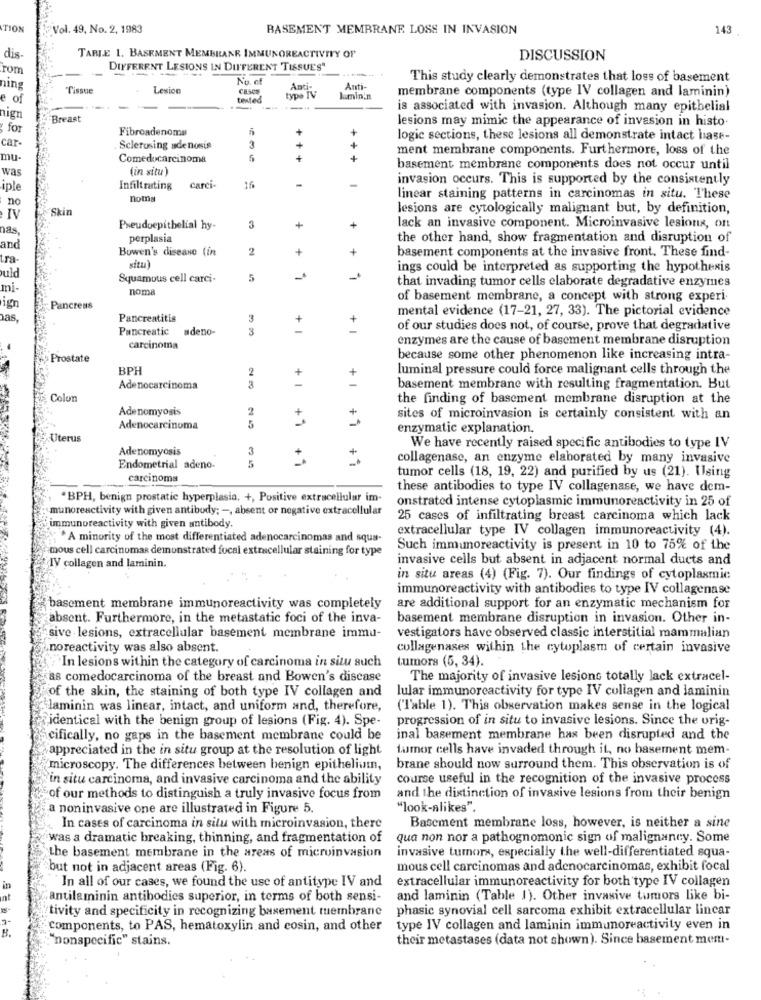
TION
Vol. 49, No. 2, 1983
BASEMENT MEMBRANE LOSS IN INVASION
143
dis-
TABLE 1, BASEMENT MEMBRANE IMMUNOREACTIVITY OF
DISCUSSION
rom
DIFFERENT LESIONS IN DIFFERENT TISSUES"
-
ning
No. of
This study clearly demonstrates that loss of basement
Tissue
Lesion
Anti-
Anti-
membrane components (type IV collagen and laminin)
e of
teted
type IV
kimin.n
is associated with invasion. Although many epithelial
nign
Breast
lesions may mimic the appearance of invasion in histo.
for
Fibroadenoma
car-
logic sections, these lesions all demonstrate intact hase-
Sclerusing sdenosis
ment membrane components. Furthermore, loss of the
mu-
Comedocarcinoma
was
(in situ )
basement membrane components does not occur until
invasion occurs. This is supported by the consistently
iple
Infiltrating
carci-
16
no
noms
linear staining patterns in carcinomas in situ. These
Skin
lesions are cytologically malignant but, by definition,
IV
nas,
Pseudoepithelial hy-
3
lack an invasive component. Microinvasive lesions, on
perplasia
the other hand, show fragmentation and disruption of
and
Bowen's disease (in
2
basement components at the invasive front. These find-
tra-
ings could be interpreted as supporting the hypothesis
uld
Squamous cell carci-
that invading tumor cells elaborate degradative enzymes
mi-
noma
of basement membrane, a concept with strong experi.
Pancreas
mental evidence (17-21, 27, 33). The pictorial evidence
as.
Pancreatitis
3
Pancreatic adeno-
3
of our studies does not, of course, prove that degradative
enzymes are the cause of basement membrane disruption
carcinoma
Prostate
because some other phenomenon like increasing intra-
BPF
2
luminal pressure could force malignant cells through the
+
Adenocarcinoma
+ 1
basement membrane with resulting fragmentation. But
Colon
the finding of basement membrane disruption at the
Adenomyosis
2
sites of microinvasion is certainly consistent with an
Adenocarcinoma
5
enzymatic explanation.
Uterus
Adenomyosis
3
We have recently raised specific antibodies to type IV
collagenase, an enzyme elaborated by many invasive
Endometrial adeno.
carcinoma
tumor cells (18, 19, 22) and purified by us (21). Using
---
these antibodies to type IV collagenase, we have dem-
.BPH, benign prostatic hyperplasia, +, Positive extracellular im-
onstrated intense cytoplasmic immunoreactivity in 25 of
nunoreactivity with given antibody; -, absent or negative extracellular
25 cases of infiltrating breast carcinoma which lack
immunoreactivity with given antibody.
extracellular type IV collagen immunoreactivity (4).
*A minority of the most differentiated adenocarcinomas and squa-
mous cell carcinomas demonstrated focal extracellular staining for type
Such immunoreactivity is present in 10 to 75% of the
invasive cells but absent in adjacent normal ducts and
IV collagen and laminin.
in situ areas (4) (Fig. 7). Our findings of cytoplasmic
immunoreactivity with antibodies to type IV collagenase
basement membrane immunoreactivity was completely
are additional support for an enzymatic mechanism for
absent. Furthermore, in the metastatic foci of the inva-
basement membrane disruption in invasion. Other in-
sive lesions, extracellular basement membrane immu-
vestigators have observed classic interstitial mammalian
noreactivity was also absent.
collagenases within the cytoplasm of certain invasive
`In lesions within the category of carcinoma in situ such
tumors (5, 34).
as comedocarcinoma of the breast and Bowen's disease
The majority of invasive lesions totally lack extracel-
of the skin, the staining of both type IV collagen and
lular immunoreactivity for type IV collagen and laminin
laminin was linear, intact, and uniform and, therefore,
('Table 1). This observation makes sense in the logical
identical with the benign group of lesions (Fig. 4). Spe-
progression of in situ to invasive lesions. Since the urig-
cifically, no gaps in the basement membrane could be
inal basement membrane has been disrupted and the
appreciated in the in situ group at the resolution of light
tumor cells have invaded through it, no basement mem-
microscopy. The differences between benign epithelium,
brane should now surround them. This observation is of
in situ carcinoma, and invasive carcinoma and the ability
course useful in the recognition of the invasive process
of our methods to distinguish a truly invasive focus from
and the distinction of invasive lesions from their benign
a noninvasive one are illustrated in Figure 5.
"look-alikes".
In cases of carcinoma in situ with microinvasion, there
Basement membrane loss, however, is neither a sine
was a dramatic breaking, thinning, and fragmentation of
qua non nor a pathognomonic sign of malignancy. Some
invasive tumors, especially the well-differentiated squa-
the basement membrane in the areas of microinvasion
but not in adjacent areas (Fig. 6).
mous cell carcinomas and adenocarcinomas, exhibit focal
In all of our cases, we found the use of antitype IV and
extracellular immunoreactivity for both type IV collagen
antilaminin antibodies superior, in terms of both sensi-
and laminin (Table 1). Other invasive tumors like bi-
tivity and specificity in recognizing basement membrane
phasic synovial cell sarcoma exhibit extracellular linear
B.
components, to PAS, hematoxylin and cosin, and other
type IV collagen and laminin immunoreactivity even in
"nonspecific" stains.
their metastases (data not shown). Since basement mem-